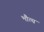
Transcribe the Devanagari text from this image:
भौत्य